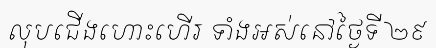
លុបជើងហោះហើរ ទាំងអស់នៅថ្ងៃទី ២៩